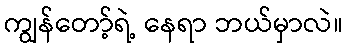
ကျွန်တော့်ရဲ့ နေရာ ဘယ်မှာလဲ။